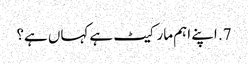
7. اپنے اہم مارکیٹ ہے کہاں ہے؟